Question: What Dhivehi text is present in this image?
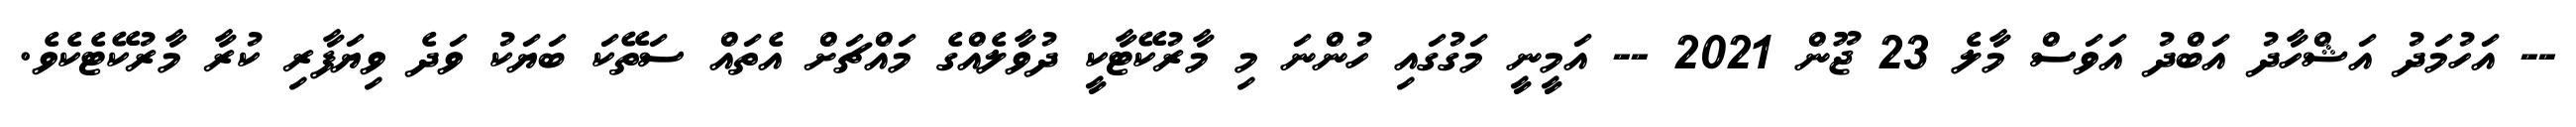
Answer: -- އަހުމަދު އަޝްހާދު އަބްދު އަވަސް މާލެ 23 ޖޫން 2021 -- އަމީނީ މަގުގައި ހުންނަ މި މާރުކޭޓާކީ ދުވާލެއްގެ މައްޗަށް އެތައް ސަތޭކަ ބަޔަކު ވަދެ ވިޔަފާރި ކުރާ މާރުކޭޓެކެވެ.